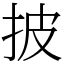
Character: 披